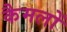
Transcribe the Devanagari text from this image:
कैमलों